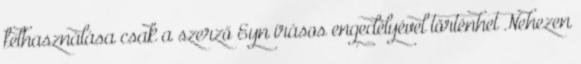
felhasználása csak a szerző Eyn írásos engedélyével történhet Nehezen